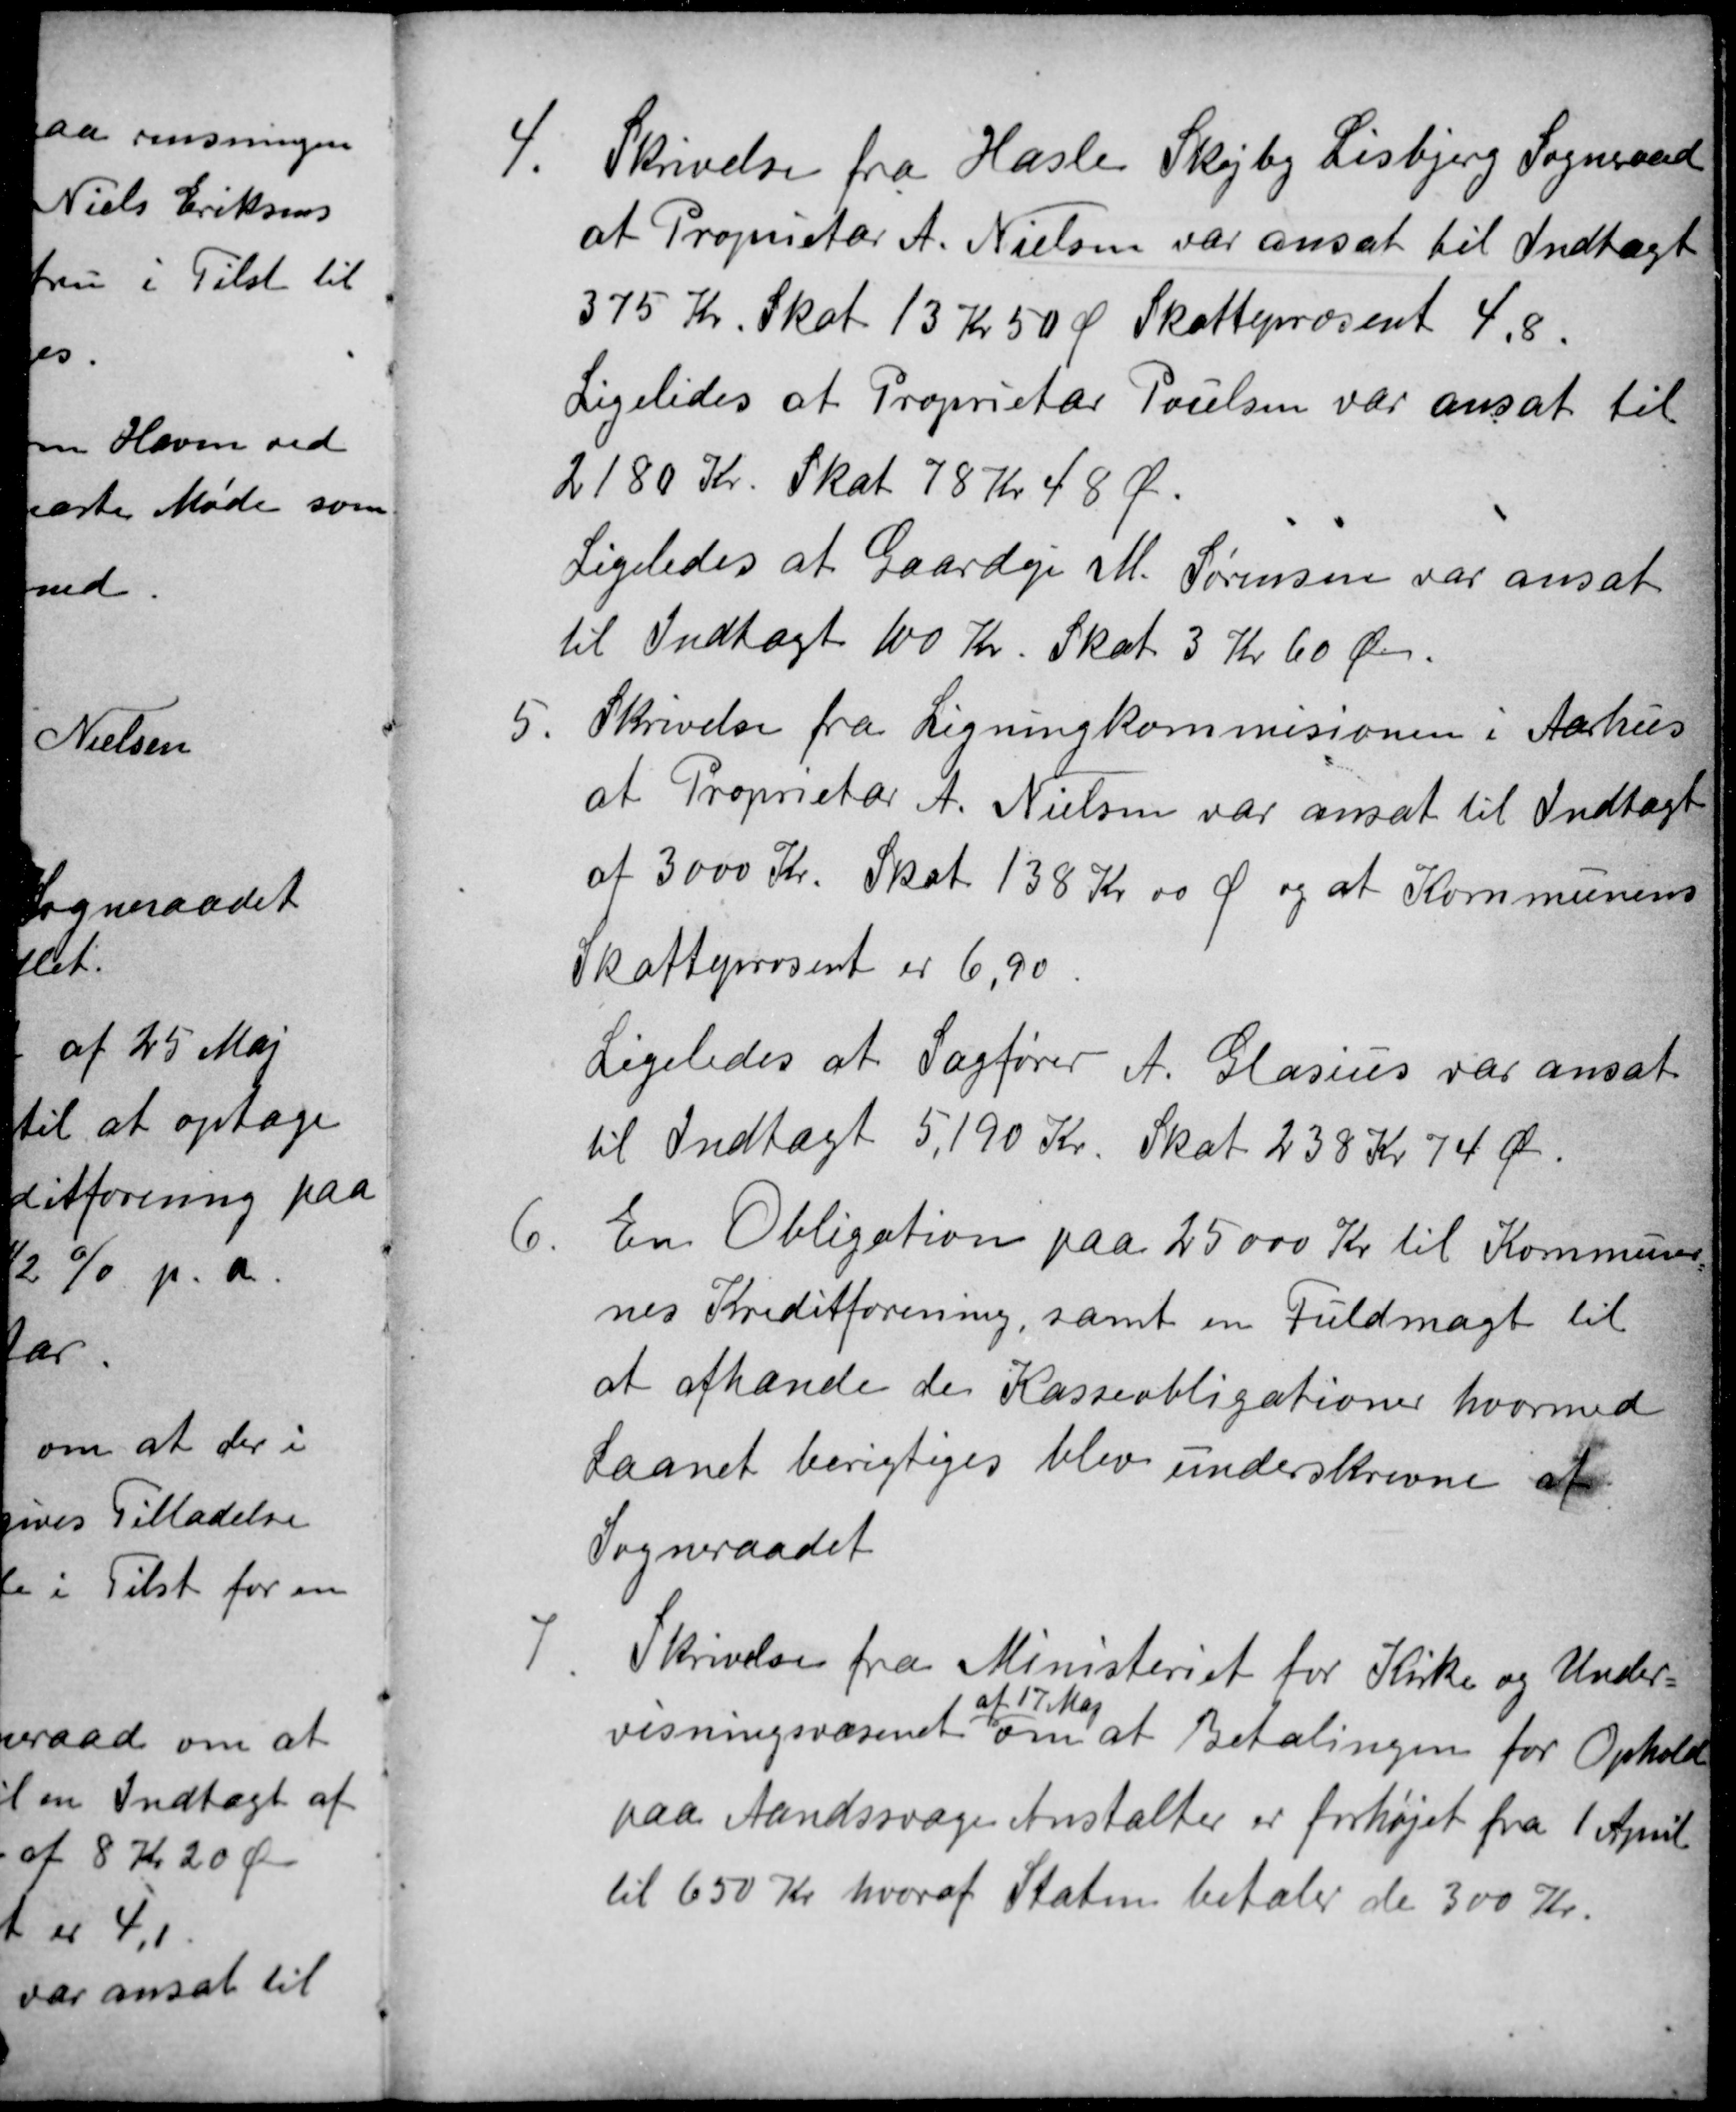
Transskription:
4.
Skrivelse fra Hasle Skejby Lisbjerg Sogneraad
at Proprietær A. Nielsen var ansat til Indtægt
375 Kr. Skat 13 Kr 50 Ø Skatteprosent 4,8
Ligeledes at Proprietær Poulsen var ansat til
2180 Kr. Skat 78 Kr 48 Ø.
Ligeledes at Gaardejer M. Sørensen var ansat
til Indtægt 100 Kr. Skat 3 Kr 60 Øre.
5.
Skrivelse fra Ligningkommisionen i Aarhus
at Proprietær A. Nielsen var ansat til Indtægt
af 3000 Kr. Skat 138 Kr 00 Ø og at Kommunens
Skatteprosent er 6,90.
Ligeledes at Sagfører A. Glasius var ansat
til Indtægt 5,190 Kr. Skat 238 Kr 74 Ør.
6.
En Obligation paa 25000 Kr til Kommuner
nes Kreditforening, samt en Fuldmagt til
at afhænde de Kasseobligationer hvormed
Laanet berigtiges blev underskrevne af
Sogneraadet
7.
Skrivelse fra Ministeriet for Kirke og Under
visningsvæsenet
af 17 Maj
om at Betalingen for Ophold
paa Aandssvage Anstalter er forhøjet fra 1 April
til 650 Kr hvoraf Staten betaler de 300 Kr.